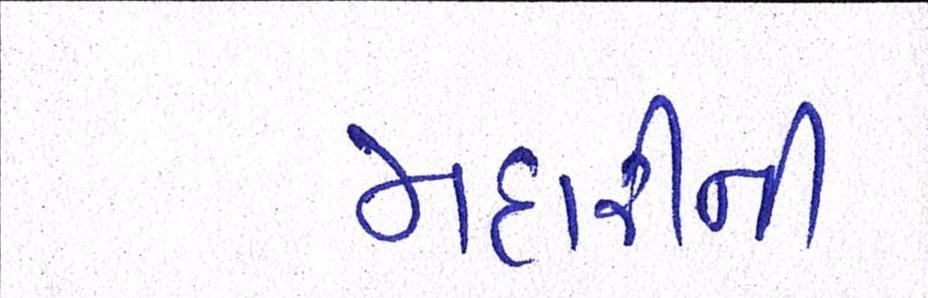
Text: મદારીની